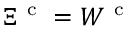
\Xi ^ { \mathrm { ~ c ~ } } = W ^ { \mathrm { ~ c ~ } }